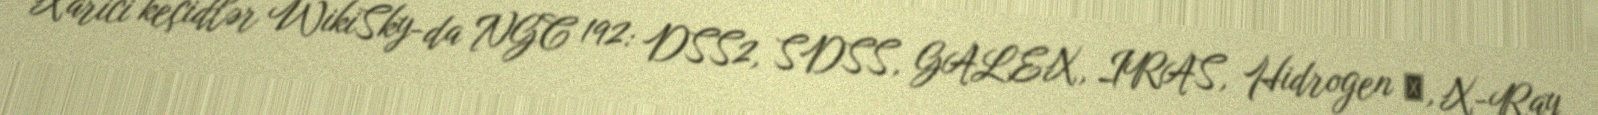
Xarici keçidlər WikiSky-da NGC 192: DSS2, SDSS, GALEX, IRAS, Hidrogen α, X-Ray,